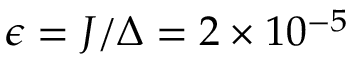
\epsilon = J / \Delta = 2 \times 1 0 ^ { - 5 }